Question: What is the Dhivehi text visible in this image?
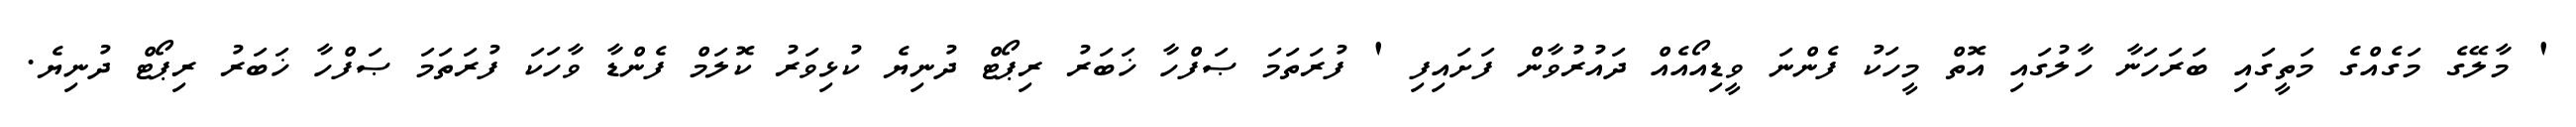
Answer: ' މާލޭގެ މަގެއްގެ މަތީގައި ބަރަހަނާ ހާލުގައި އޮތް މީހަކު ފެންނަ ވީޑިއޯއެއް ދައުރުވާން ފަށައިފި ' ފުރަތަމަ ޞަފްހާ ޚަބަރު ރިޕޯޓް ދުނިޔެ ކުޅިވަރު ކޮލަމް ފެންޑާ ވާހަކަ ފުރަތަމަ ޞަފްހާ ޚަބަރު ރިޕޯޓް ދުނިޔެ.